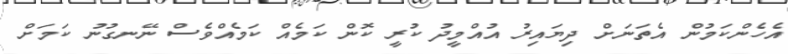
އެހެންކަމުން އެތަނަށް ދިޔައިރު އުއްމީދު ކުރީ ކޮން ކަމެއް ކަމެއްވެސް ނޭނގުނު ކަމަށް